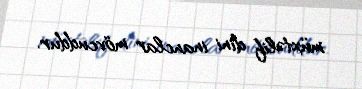
müxtəlif dini inanclar mövcuddur.